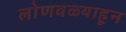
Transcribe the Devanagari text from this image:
लोणवळ्याहून